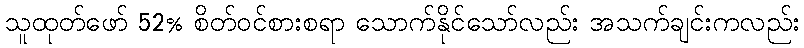
သူထုတ်ဖော် 52% စိတ်ဝင်စားစရာ သောက်နိုင်သော်လည်း အသက်ချင်းကလည်း